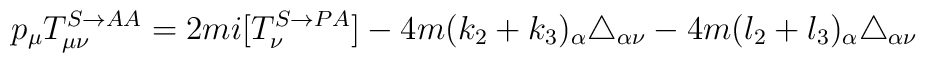
p_\mu T^{S\rightarrow AA}_{\mu\nu}=2mi[T^{S\rightarrow PA}_\nu]-4m(k_2+k_3)_\alpha \triangle_{\alpha\nu}- 4m(l_2+l_3)_\alpha\triangle_{\alpha\nu}